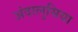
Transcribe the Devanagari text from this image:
अंदालुसिया